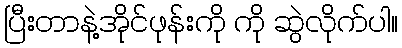
ပြီးတာနဲ့အိုင်ဖုန်းကို ကို ဆွဲလိုက်ပါ။